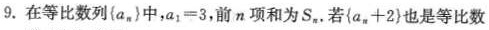
9.在等比数列{a_{n}}中，$$a_{1}=3$$，前n项和为S_{n}。若$${a_{n}+2}$$也是等比数